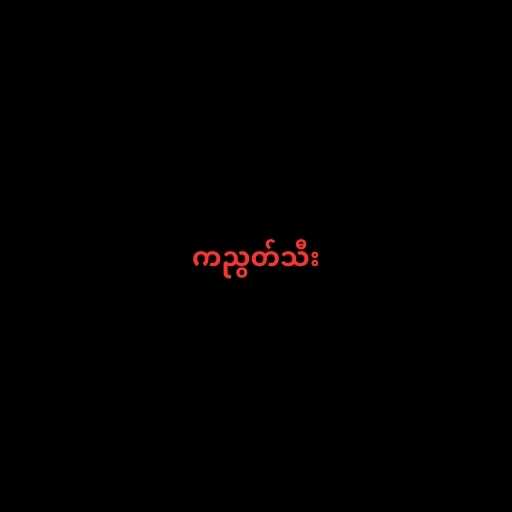
ကညွတ်သီး